Lunatic asylums Bombay report 1878-1890 - 1878-1890
Year: 1878
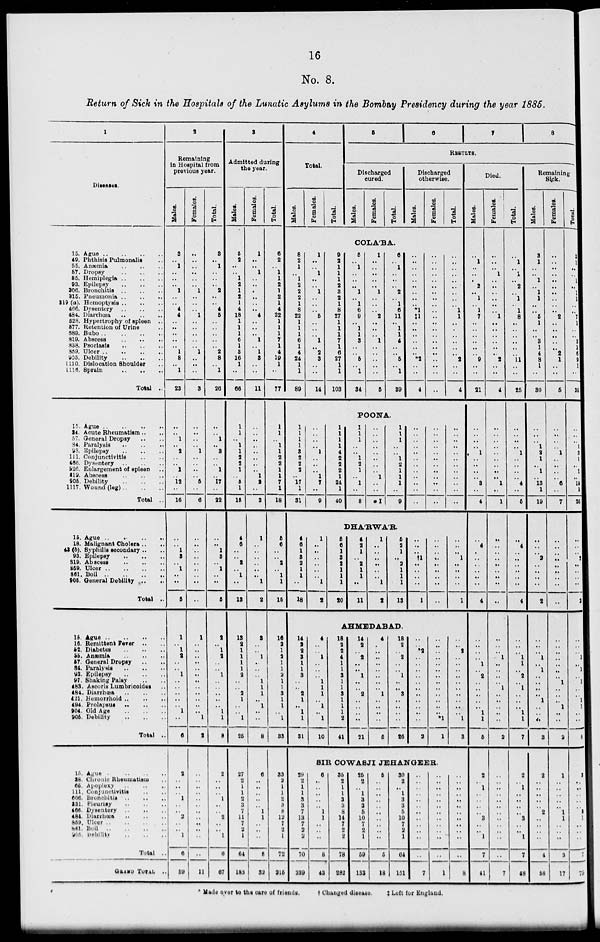
16
No. 8.
Return of Sick in the Hospitals of the Lunatic Asylums in the Bombay Presidency during the year 1885.
1
Diseases.
15. Ague
..
..
..
..
49. Phthisis Pulmonalis ..
55. Anæmia .. .. ..
57. Dropsy .. .. ..
85. Hemiplegia
..
..
..
93. Epilepsy
..
..
..
306. Bronchitis .. .. ..
315. Pneumonia
..
..
..
319(a). Hemoptysis
..
..
..
466. Dysentery
..
..
..
484. Diarrhœa
528. Hypertrophy of spleen ..
577. Retention of Urine ..
589. Bubo
..
..
..
..
819. Abscess
..
..
..
838. Psoriasis
..
..
..
869. Ulcer
..
..
..
..
905. Debility
..
..
..
1110. Dislocation Shoulder ..
1116. Sprain .. .. ..
Total ..
15. Ague .. .. .. ..
34. Acute Rheumatism .. ..
57. General Dropsy .. ..
84. Paralysis
..
..
..
93. Epilepsy .. .. ..
111. Conjunctivitis .. ..
456. Dysentery
..
..
..
526. Enlargement of spleen
819. Abscess
..
..
..
905. Debility .. .. ..
1117. Wound (leg)
..
..
..
Total ..
15. Ague ..
..
.. ..
18. Malignant Cholera .. ..
41 (b). Syphilis secondary .. ..
93. Epilepsy
..
..
..
819. Abscese .. .. ..
869. Ulcer
..
..
..
..
861. Boil
..
..
..
..
905. General Debility .. ..
Total ..
15. Ague
..
..
..
..
16. Remittent Fever .. ..
52. Diabetes
..
..
..
55. Anæmia .. .. ..
57. General Dropay .. ..
84. Paralysis .. .. ..
93. Epilepsy
..
..
..
97. Shaking Palsy .. ..
483. Ascoris Lumbricoides ..
484. Diarrhœa
..
..
..
421. Hemorrhoid
..
..
..
494. Prolapsus .. .. ..
904. Old Age
..
..
..
906. Debility
..
..
..
Total .
15. Ague
..
..
..
..
38. Chronic Rheumatism ..
65. Apoplexy .. .. ..
111. Conjunctivitis .. ..
606. Bronchitis .. .. ..
331. Pleurisy
..
..
..
466. Dysentery .. .. ..
484. Diarrhœa
..
..
..
859. Ulcer
..
..
..
..
861. Boil
..
..
..
..
905. Debility
..
..
..
Total .
GRAND TOTAL ..
2
Remaining
in Hospital from
previous year.
Males.
3
..
1
..
..
..
1
..
..
4
4
..
..
..
..
..
1
8
..
1
23
..
..
1
..
2
..
..
1
..
12
..
16
..
..
1
8
..
1
..
..
6
1
..
1
2
..
..
1
..
..
..
..
..
1
..
6
2
..
..
..
1
..
..
2
..
..
1
6
59
Females.
..
..
..
..
..
..
1
..
..
..
1
..
..
..
..
..
1
..
..
..
3
..
..
..
..
1
..
..
..
..
5
..
6
..
..
..
..
..
..
..
..
..
1
..
..
..
..
..
..
..
..
..
..
..
..
1
2
..
..
..
..
..
..
..
..
..
..
..
..
11
Total.
3
..
1
..
..
..
2
..
..
4
5
..
..
..
..
..
2
8
..
1
26
..
..
1
..
3
..
..
1
..
17
..
22
..
..
1
8
..
1
..
..
6
2
..
1
2
..
..
1
..
..
..
..
..
1
1
8
2
..
..
..
1
..
..
2
..
..
1
6
67
3
Admitted during
the year.
Males.
5
2
..
..
1
2
1
2
1
4
18
1
1
1
6
1
3
16
1
..
66
1
1
..
1
1
2
2
1
..
5
1
15
4
6
..
..
2
..
1
..
13
13
2
1
1
1
1
2
..
..
2
1
..
..
1
26
27
2
1
1
2
3
7
11
7
2
1
64
183
Females.
1
..
..
1
..
..
..
..
..
..
4
..
..
..
1
..
1
3
..
..
11
..
..
..
..
..
..
..
..
1
2
..
3
1
..
..
..
..
..
..
1
2
3
..
..
1
..
..
..
1
1
1
..
1
..
..
8
6
..
..
..
..
..
1
1
..
..
..
8
32
Total.
6
2
..
1
1
2
1
2
1
4
22
1
1
1
7
1
4
19
1
..
77
1
1
..
1
1
2
2
1
1
7
1
18
5
6
..
..
2
..
1
1
15
16
2 1
2
1
1
2
1
1
3
1
1
..
1
33
33
2 1
1
2
3
8
12
7
2
1
72
215
4
Total.
Males.
Females.
Total.
5
6
7
RESULT.
Discharged
cured.
Males.
Females.
Total.
Discharged
otherwise.
Males.
Females.
Total.
COLÁBA.
8
2
1
..
1
2
2
2
1
8
22
1
1
1
6
1
4
24
1
1
89
1
..
..
1
..
..
1
..
..
..
6
..
..
..
1
..
2
3
..
..
14
9
2
1
1
1
2
3
2
1
8
27
1
1
1
7
1
6
27
1
1
103
5
..
1
..
..
..
1
..
1
6
9
..
1
1
3
..
..
6
..
1
34
1
..
..
..
..
..
1
..
..
..
2
..
..
..
1
..
..
..
..
..
5
6
..
1
..
..
..
2
..
1
6
11
..
1
1
4
..
..
6
..
1
39
..
..
..
..
..
..
..
..
..
*1
‡1
..
..
..
..
..
..
*2
..
..
4
..
..
..
..
..
..
..
..
..
..
..
..
..
..
..
..
..
..
..
..
..
..
..
..
..
..
..
..
..
..
1
1
..
..
..
..
..
..
2
..
..
4
POONA.
1
1
1
1
3
2
2
2
..
17
1
31
..
..
..
..
1
..
..
..
1
7
..
9
1
1
1
1
4
2
2
2
1
24
1
40
1
1
1
..
..
1
2
1
..
1
..
8
..
..
..
..
..
..
..
..
1
..
..
*1
1
1
1
..
..
1
2
1
1
1
..
9
..
..
..
..
..
..
..
..
..
..
..
..
..
..
..
..
..
..
..
..
..
..
..
..
..
..
..
..
..
..
..
..
..
..
..
..
DHÁRWÁR.
4
6
1
8
2
1
1
..
18
1
..
..
..
..
..
..
1
2
5
6
1
8
2
1
1
1
20
4
2
1
..
2
1
1
..
11
1
..
..
..
..
..
..
1
2
5
2
1
..
2
1
1
1
13
..
..
..
†1
..
..
..
..
1
..
..
..
..
..
..
..
..
..
..
..
..
1
..
..
..
..
1
AHMEDABAD
14
2 2
3
1
1
3
..
..
2
1
..
1
1
31
4
..
..
1
..
..
..
1
1
1
..
1
..
1
10
18
2
2
4
1
1
3
1
1
3
1
1
1
2
41
14
2
..
2
..
..
1
..
..
2
..
..
..
..
21
4
..
..
..
..
..
..
..
..
1
..
..
..
..
5
18
2
..
2
..
..
1
..
..
3
..
..
..
..
26
..
..
*2
..
..
..
..
..
..
..
..
..
..
..
2
..
..
..
..
..
..
..
..
..
..
..
..
..
*1
1
..
..
2
..
..
..
..
..
..
..
..
..
..
1
3
SIR COWASJI JEHANGEER.
29
2
1
1
3
3
7
13
7
2
2
70
239
6
..
..
..
..
..
1
1
..
..
..
8
43
35
2
1
1
3
3
8
14
7
2
2
78
282
25
2
..
1
3
3
5
10
7
2
1
59
133
5
..
..
..
..
..
..
..
..
..
..
5
18
30
2
..
1
3
3
5
10
7
2
1
64
151
..
..
..
..
..
..
..
..
..
..
..
..
7
..
..
..
..
..
..
..
..
..
..
..
..
1
..
..
..
..
..
..
..
..
..
..
..
8
8
Died.
Males.
..
1
..
..
..
2
..
1
..
1
7
..
..
..
..
..
..
9
..
..
21
..
..
..
..
1
..
..
..
..
3
..
4
..
4
..
..
..
..
..
..
4
..
..
..
..
1
..
2
..
..
..
..
..
1
1
5
2
..
1
..
..
..
..
3
..
..
1
7
41
Females.
..
..
..
1
..
..
..
..
..
..
1
..
..
..
..
..
..
2
..
..
4
..
..
..
..
..
..
..
..
..
1
..
1
..
..
..
..
..
..
..
..
..
..
..
..
1
..
..
..
..
1
..
..
..
..
..
2
..
..
..
..
..
..
..
..
..
..
..
..
7
Total.
..
1
..
1
..
2
..
1
..
1
8
..
..
..
..
..
..
11
..
..
25
..
..
..
..
1
..
..
..
..
4
..
5
..
4
..
..
..
..
..
..
4
..
..
..
1
1
2
..
1
..
..
..
1
1
7
2
..
1
..
..
..
..
3
..
..
1
7
48
Remaining
Sick.
Males.
3
1
..
..
1
..
1
1
..
..
5
1
..
..
3
1
4
8
1
..
30
..
..
..
1
2
1
..
1
..
13
1
19
..
..
..
2
..
..
..
..
2
..
..
..
1
..
1
..
..
..
..
1
..
..
..
3
2
..
..
..
..
..
2
..
..
..
..
4
58
Females.
..
..
..
..
..
..
..
..
..
..
2
..
..
..
..
..
2
1
..
..
5
..
..
..
..
1
..
..
..
..
6
..
7
..
..
..
..
..
..
..
..
..
..
..
..
..
..
..
..
1
..
..
..
1
..
..
2
1
..
..
..
..
..
1
1
..
..
..
3
17
Total.
3
1
..
1
..
1
1
..
..
7
1
..
..
3
1
6
9
1
..
35
..
..
..
1
3
1
..
1
..
19
1
26
..
..
..
2
..
..
..
..
2
..
..
..
1
..
1
..
1
..
..
1
1
..
..
5
3
..
..
..
..
..
3
1
..
..
..
7
75
Made over to the care of friends. † Changed disease. ‡ Left for England.